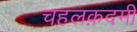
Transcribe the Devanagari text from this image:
चहलक़दमी